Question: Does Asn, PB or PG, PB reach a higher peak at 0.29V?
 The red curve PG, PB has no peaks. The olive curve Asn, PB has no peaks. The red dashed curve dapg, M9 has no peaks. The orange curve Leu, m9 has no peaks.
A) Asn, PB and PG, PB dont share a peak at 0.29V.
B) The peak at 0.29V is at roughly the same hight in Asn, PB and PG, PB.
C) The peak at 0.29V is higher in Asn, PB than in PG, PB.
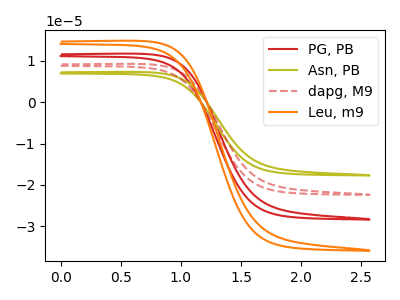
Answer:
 <answer>A) "Asn, PB" and "PG, PB" dont share a peak at 0.29V.</answer>
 <eval>A</eval>